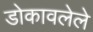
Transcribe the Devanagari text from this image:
डोकावलेले